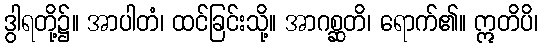
ဒွါရတို့၌။ အာပါတံ၊ ထင်ခြင်းသို့။ အာဂစ္ဆတိ၊ ရောက်၏။ ဣတိပိ၊